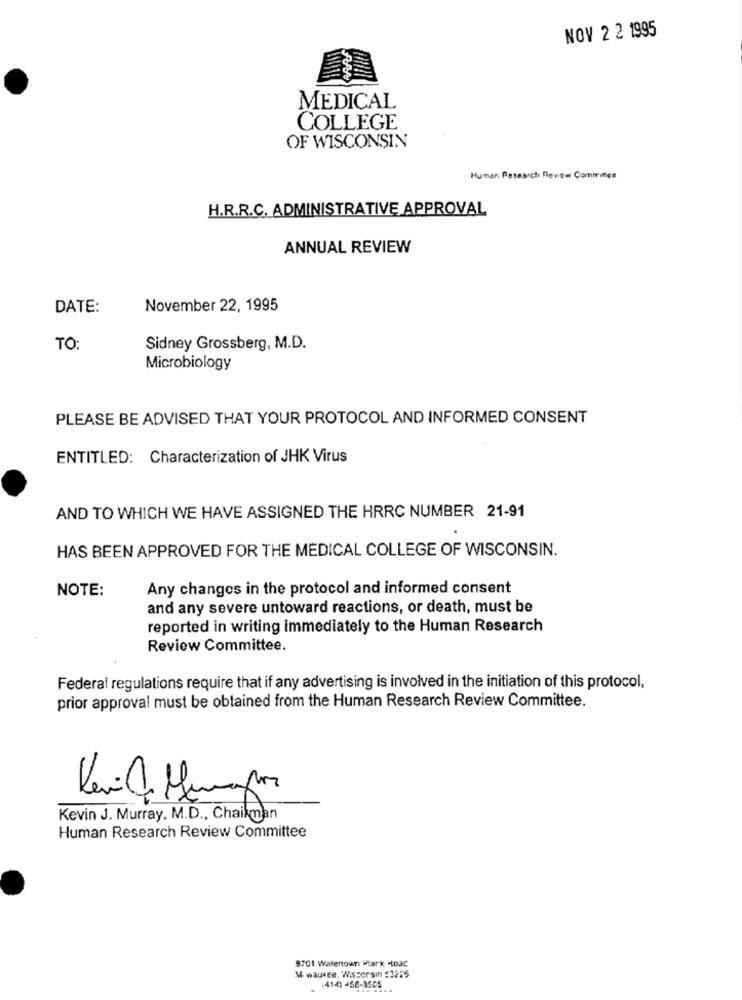
NOV 2 2 1995
MEDICAL
COLLEGE
OF WISCONSIN
Human, Research Review Committee
H.R.R.C. ADMINISTRATIVE APPROVAL
ANNUAL REVIEW
DATE:
November 22, 1995
TO:
Sidney Grossberg, M.D.
Microbiology
PLEASE BE ADVISED THAT YOUR PROTOCOL AND INFORMED CONSENT
ENTITLED: Characterization of JHK Virus
AND TO WHICH WE HAVE ASSIGNED THE HRRC NUMBER 21-91
HAS BEEN APPROVED FOR THE MEDICAL COLLEGE OF WISCONSIN.
NOTE:
Any changes in the protocol and informed consent
and any severe untoward reactions, or death, must be
reported in writing immediately to the Human Research
Review Committee.
Federal regulations require that if any advertising is involved in the initiation of this protocol,
prior approval must be obtained from the Human Research Review Committee.
3
Kevin J. Murray, M.D ., Chailman
Human Research Review Committee
8701 Walenown Mark Hoac
M waukee. Wissorsin #3225
.4141 -56-3505